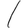
Digit: 1